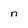
Character: n